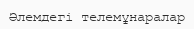
Әлемдегі телемұнаралар